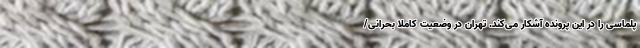
پلماسی را در این پرونده آشکار می‌کند. تهران در وضعیت کاملا بحرانی/